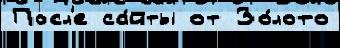
Посл'е са́йты от Зо́лото